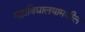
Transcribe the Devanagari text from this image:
महाविद्यालयामधील